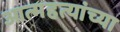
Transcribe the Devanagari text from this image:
आत्महत्यांच्या